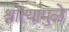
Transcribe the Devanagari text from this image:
श्रोत्यांमुळे